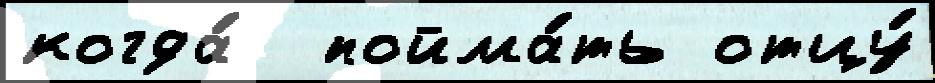
когда́  пойма́ть отцу́